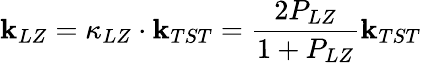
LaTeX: \mathbf{k}_{LZ}=\kappa_{LZ}\cdot\mathbf{k}_{TST}=\frac{{2P_{LZ}}}{{1+P_{LZ}}}\mathbf{k}_{TST}